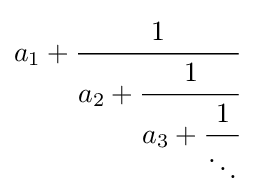
a_{1}+{\cfrac {1}{a_{2}+{\cfrac {1}{a_{3}+{\cfrac {1}{\ddots }}}}}}